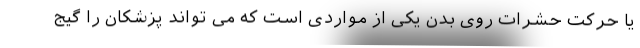
یا حرکت حشرات روی بدن یکی از مواردی است که می تواند پزشکان را گیج